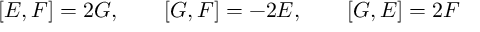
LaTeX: [ E , F ] = 2 G , \qquad [ G , F ] = - 2 E , \qquad [ G , E ] = 2 F